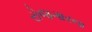
રોજગારના